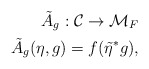
\begin{align*}{\tilde A}_g:{\cal C}\rightarrow {\cal M}_F\\{\tilde A}_g(\eta,g)=f(\tilde{\eta}^*g),\end{align*}